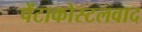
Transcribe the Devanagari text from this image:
पेंटाकोस्टलवाद